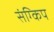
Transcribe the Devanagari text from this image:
संग्किप